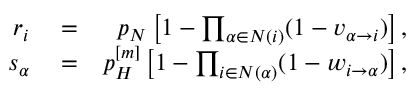
\begin{array} { r l r } { r _ { i } } & { { } = } & { p _ { N } \left[ 1 - \prod _ { \alpha \in N ( i ) } ( 1 - v _ { \alpha \rightarrow i } ) \right] , } \\ { s _ { \alpha } } & { { } = } & { p _ { H } ^ { [ m ] } \left[ 1 - \prod _ { i \in N ( \alpha ) } ( 1 - w _ { i \rightarrow \alpha } ) \right] , } \end{array}